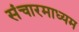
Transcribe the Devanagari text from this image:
संचारमाध्यम